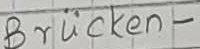
Text: spannungs-